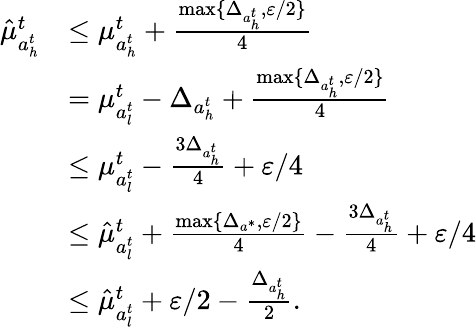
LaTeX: \begin{array}{rl}{\hat{\mu}_{a_{h}^{t}}^{t}}&{\le\mu_{a_{h}^{t}}^{t}+\frac{\operatorname*{max}\{ \Delta_{a_{h}^{t}},\varepsilon/2\} }{4}}\\ &{=\mu_{a_{l}^{t}}^{t}-\Delta_{a_{h}^{t}}+\frac{\operatorname*{max}\{ \Delta_{a_{h}^{t}},\varepsilon/2\} }{4}}\\ &{\le\mu_{a_{l}^{t}}^{t}-\frac{3\Delta_{a_{h}^{t}}}{4}+\varepsilon/4}\\ &{\le\hat{\mu}_{a_{l}^{t}}^{t}+\frac{\operatorname*{max}\{ \Delta_{a^{*}},\varepsilon/2\} }{4}-\frac{3\Delta_{a_{h}^{t}}}{4}+\varepsilon/4}\\ &{\le\hat{\mu}_{a_{l}^{t}}^{t}+\varepsilon/2-\frac{\Delta_{a_{h}^{t}}}{2}.}\end{array}